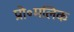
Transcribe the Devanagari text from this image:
प्रो॰मलिक